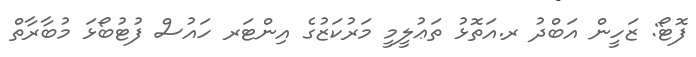
ފޮޓޯ: ޒަހީން އަބްދު ރ.އަތޮޅު ތަޢުލީމީ މަރުކަޒުގެ އިންޓަރ ހައުސް ފުޓުބޯޅަ މުބާރާތް